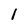
Character: 1